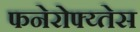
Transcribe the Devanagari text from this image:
फनेरोफ्य्तेस